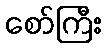
စော်ကြီး